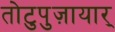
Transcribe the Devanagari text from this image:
तोटुपुज़ायार्